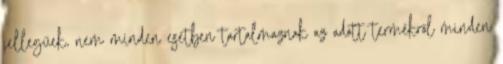
jellegűek, nem minden esetben tartalmaznak az adott termékről minden